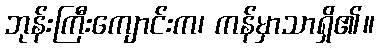
ဘုန်းကြီးကျောင်းက၊ ကန်မှာသာရှိ၏။